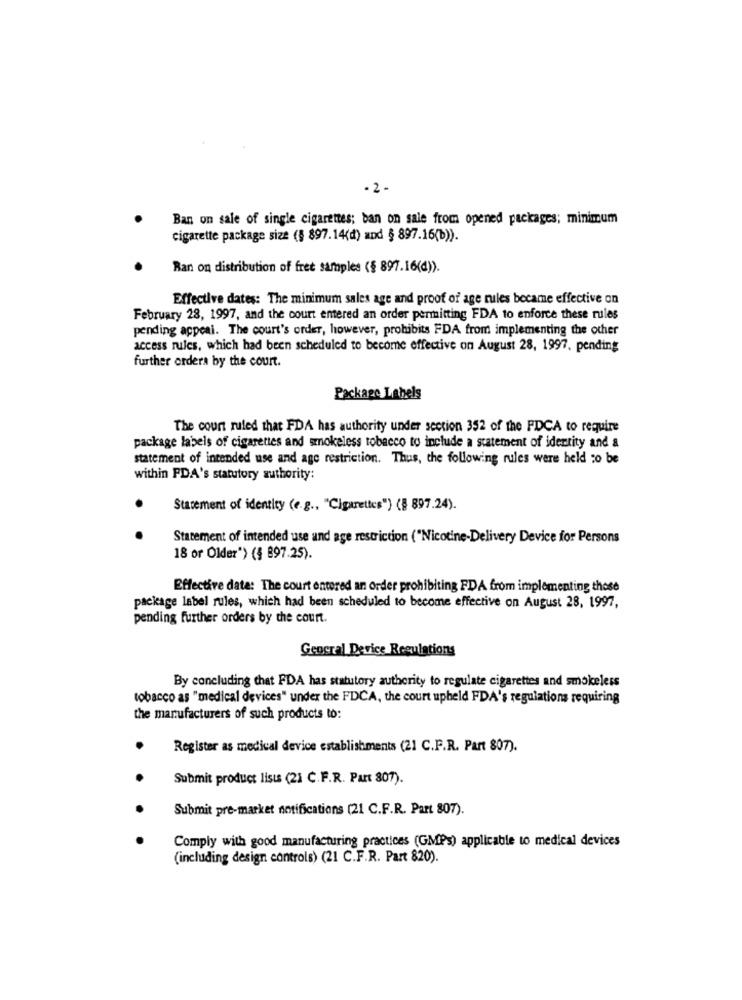
- 2 -
Ban on sale of single cigarettes; ban on sale from opened packages; minimum
cigarette package size (§ 897.14(d) and § 897.16(b)).
Ran on distribution of free samples (§ 897.16(d)).
Effective dates: The minimum sales age and proof of age rules became effective on
February 28, 1997, and the court entered an order permitting FDA to enforce these rules
pending appeal. The court's order, however, prohibits FDA from implementing the other
access rules, which had been scheduled to become effective on August 28, 1997, pending
further orders by the court.
Package Labels
The court ruled that FDA has authority under section 352 of the FDCA to require
package labels of cigarettes and smokeless tobacco to include a statement of identity and &
statement of intended use and age restriction. Thus, the following rules were held co be
within PDA's statutory authority:
Statement of identity (e.g ., "Cigarettes") (§ 897.24).
Statement of intended use and age restriction ("Nicotine-Delivery Device for Persons
18 or Older") (§ 897.25).
Effective date: The court entered an order prohibiting FDA from implementing those
package label rules, which had been scheduled to become effective on August 28, 1997,
pending further orders by the court.
Geogral Device Regulations
By concluding that FDA has statutory authority to regulate cigarettes and smokeless
tobacco as "medical devices" under the FDCA, the court upheld FDA's regulations requiring
the manufacturers of such products to:
Register as medical device establishments (21 C.F.R. Part 807).
Submit product lists (21 C.F.R. Part 807).
Submit pre-market notifications (21 C.F.R. Part 807).
Comply with good manufacturing practices (GMPs) applicable to medical devices
(including design controls) (21 C.F.R. Part 820).